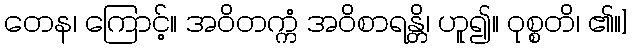
တေန၊ ကြောင့်။ အဝိတက္ကံ အဝိစာရန္တိ၊ ဟူ၍။ ဝုစ္စတိ၊ ၏။]